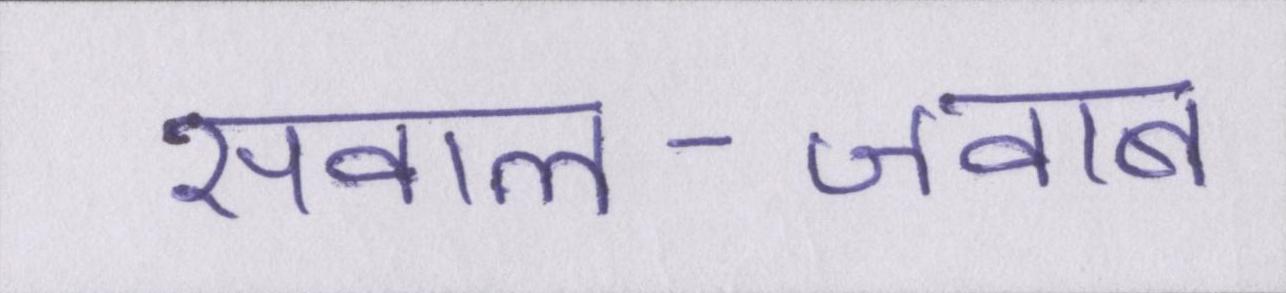
सवाल-जवाब